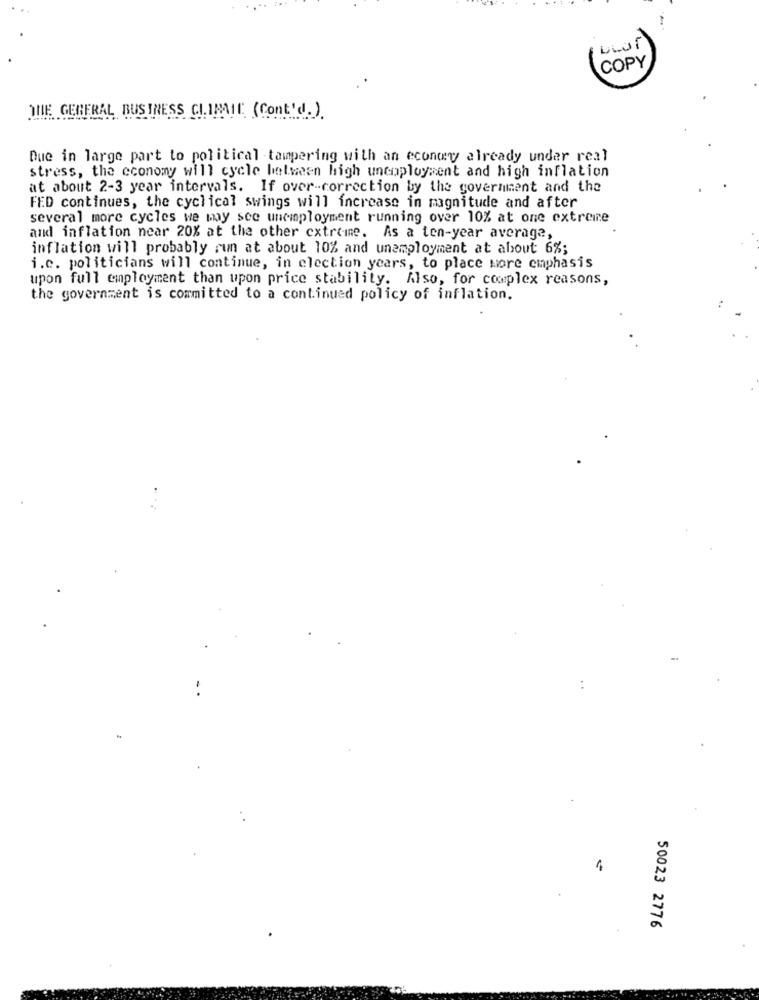
COPY
THE GENERAL BUSINESS CLIMATE (Cont'd.)
Due in large part to political -tampering with an econwy already under real
stress, the economy will cycle between high unemployment and high inflation
at about 2-3 year intervals. If over-correction by the government and the
FED continues, the cyclical swings will increase in magnitude and after
several more cycles we may see unemployment running over 10% at one extreme
and inflation near 20% at the other extreme. As a ten-year average,
inflation will probably run at about 10% and unemployment at about 6%;
i.c. politicians will continue, in election years, to place more emphasis
upon full employment than upon price stability. Also, for complex reasons,
the government is committed to a continued policy of inflation.
1
50023 2776